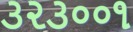
૩૨૩૦૦૧